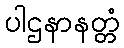
ပါဌနာနတ္တံ